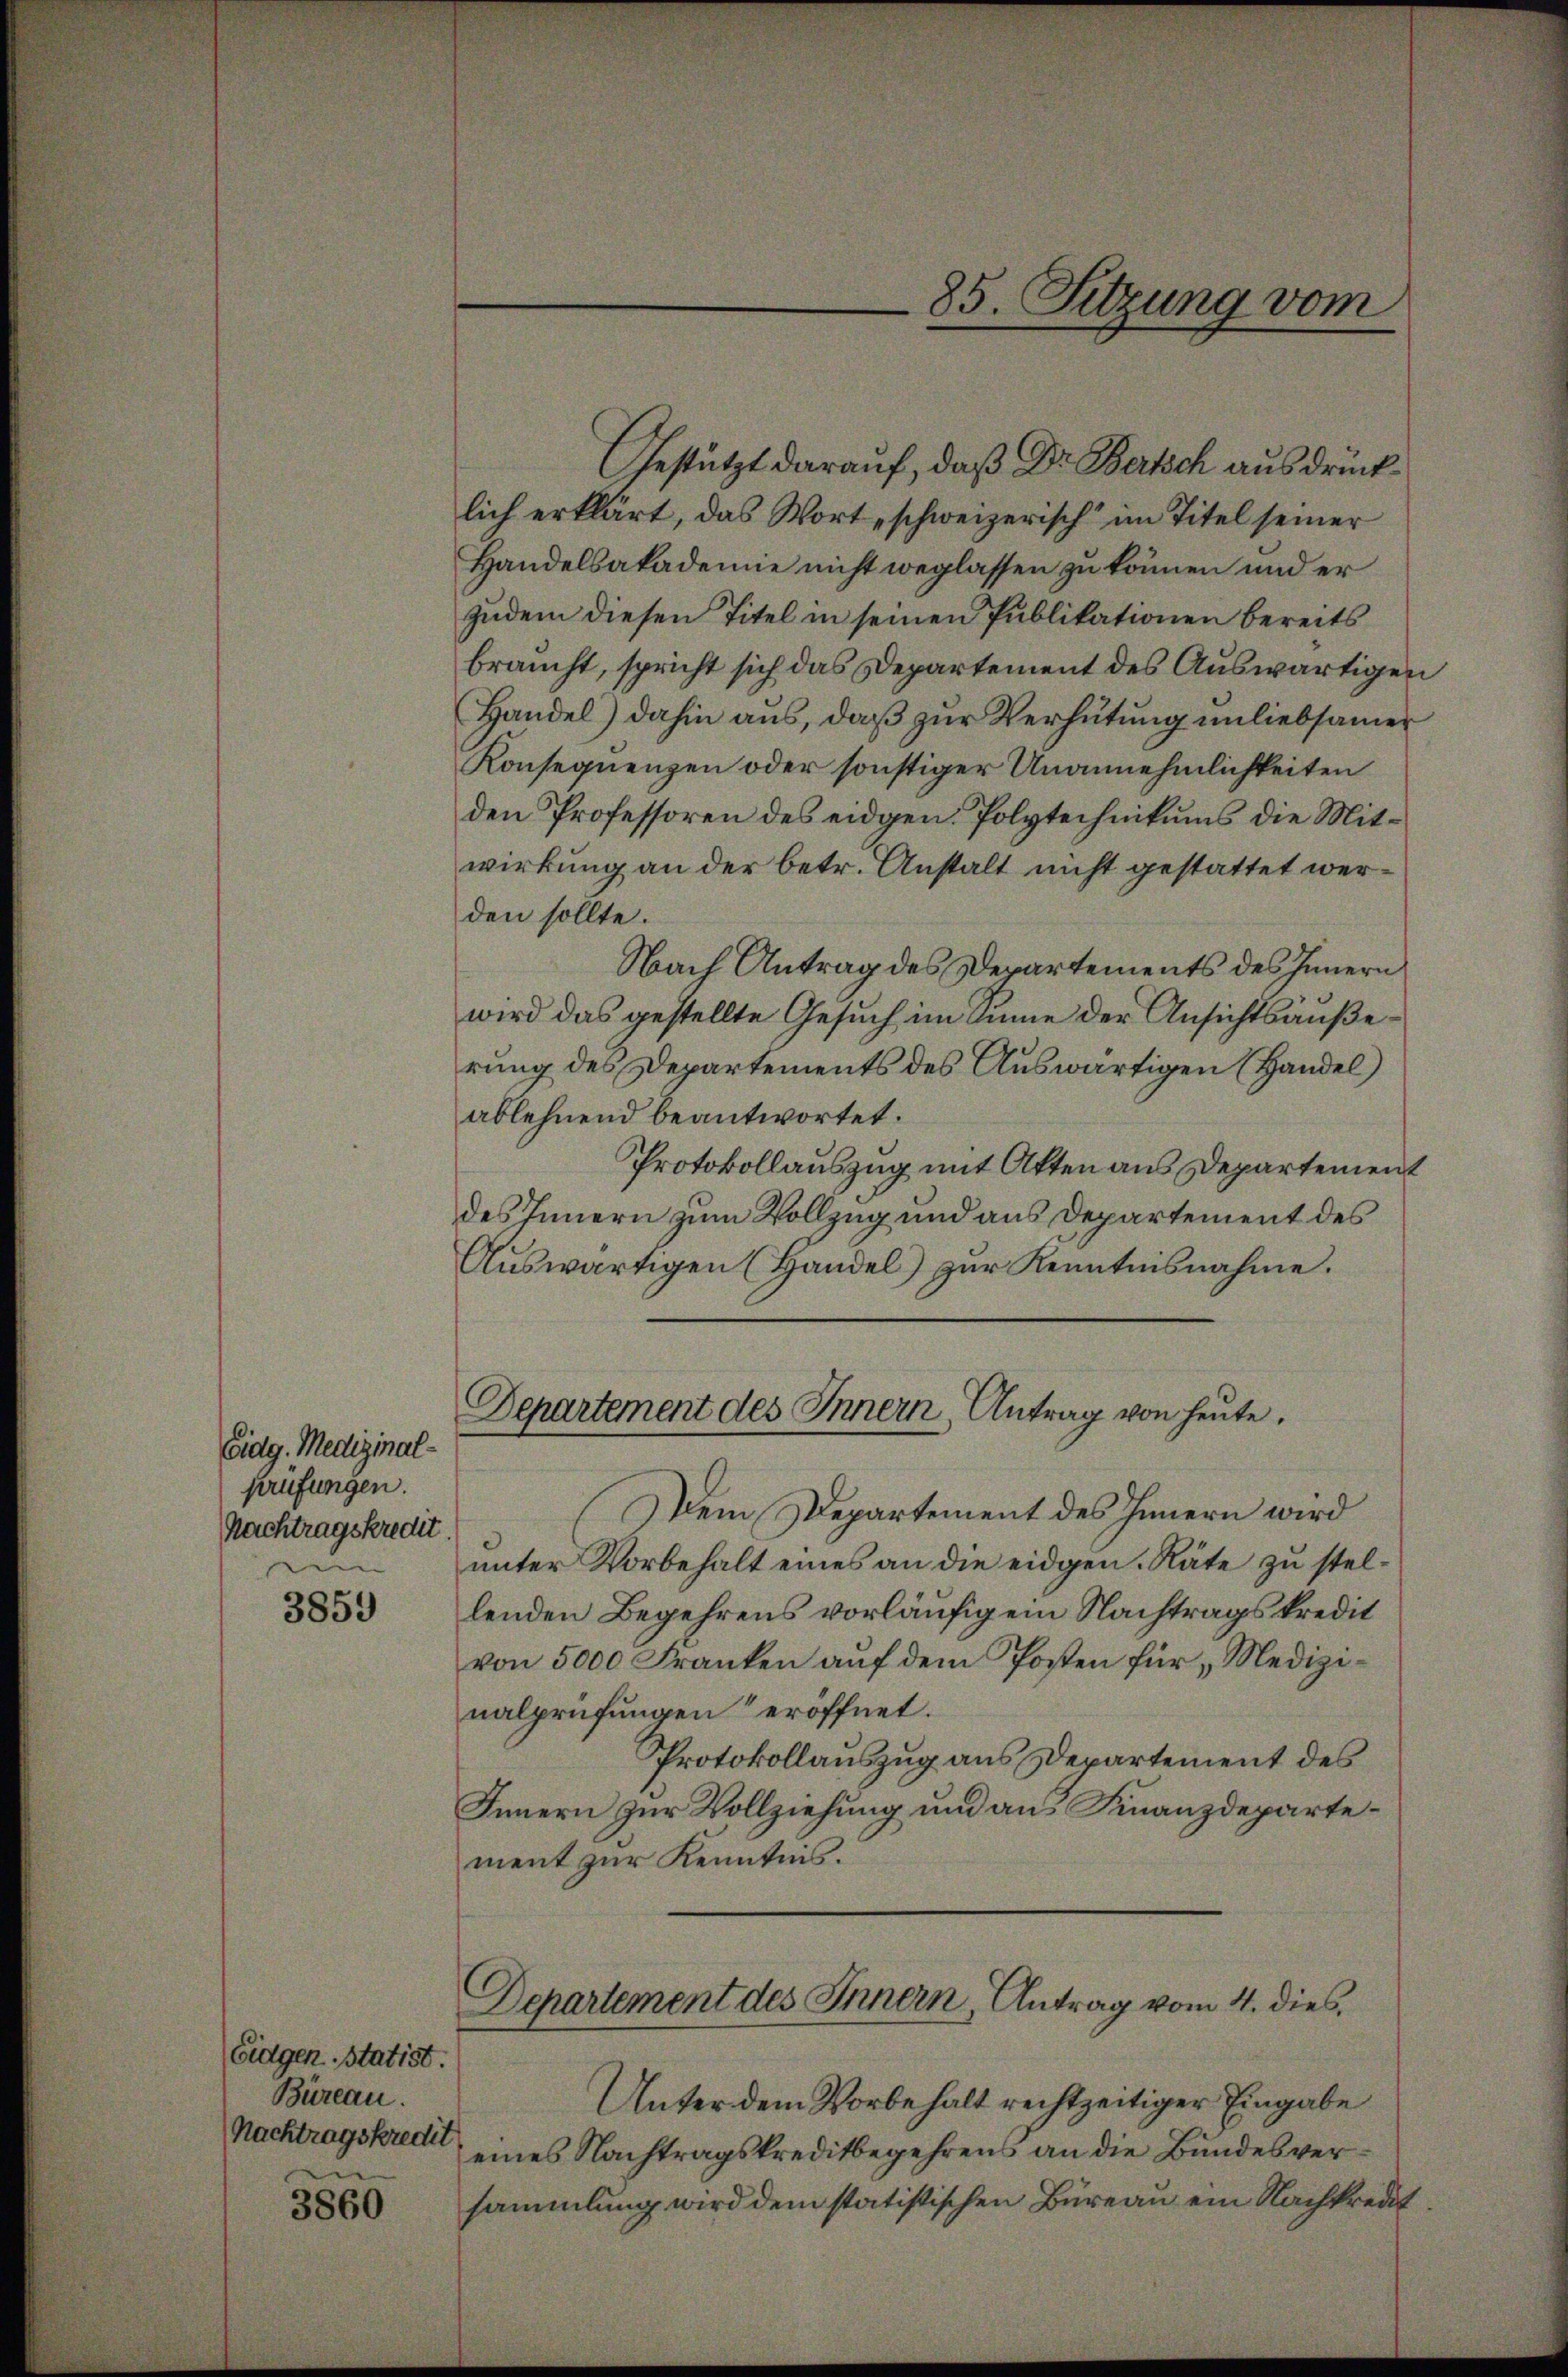
Eidg. Medizinal-
prüfungen.
Nachtragskredit
n

3859

Eidgen. Statist.
Büreau.
Nachtragskredit

3860

Gestützt darauf, daß Dr Bertsch ausdrücklich erklärt, das Wort „schweizerisch im Titel seiner
Handelsakademie nicht weglassen zu können und er
zudem diesen Titel in seinen Publikationen bereits
braucht, spricht sich das Departement des Auswärtigen
Handel) dahin aus, daß zur Verhütung unliebsamer
Konsequenzen oder sonstiger Unannehmlichkeiten
den Professoren des eidgen. Polytechnikums die Mitwirkung an der betr. Anstalt nicht gestattet werden sollte.
Nach Antrag des Departements des Innern
wird das gestellte Gesuch im Sinne der Ansichtsäußerung des Departements des Auswärtigen (Handel
ablehnend beantwortet.
Protokollauszug mit Akten aus Departement
des Innern zum Vollzug und aus Departement des
Aŭswärtigen (Handel) zŭr Kenntnisnahme.
Departement des Innern, Antrag von heute.
Dem Departement des Innern wird
unter Vorbehalt eines an die eidgen. Räte zu stellenden Begehrens vorläufigem Nachtragskredit
von 5000 Franken auf dem Posten für Medizinalprüfungen“ eröffnet.
Protokollauszug aus Departement des
Innern zur Vollziehung und aus Finanzdepartement zur Kenntnis.
Departement des Innern, Antrag vom 4. dies
Unter dem Vorbehalt rechtzeitiger Eingabe
eines Nachtragskreditbegehrens an die Bundesversammlung wird dem statistischen Büreau ein Nachkredit

85. Sitzung vom